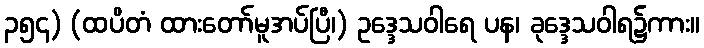
၃၅၄) (ထပိတံ ထားတော်မူအပ်ပြီ၊) ဥဒ္ဒေသဝါရေ ပန၊ ခုဒ္ဒေသဝါရ၌ကား။